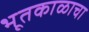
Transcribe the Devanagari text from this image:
भूतकाळाचा